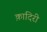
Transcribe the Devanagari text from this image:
क़ादिरी